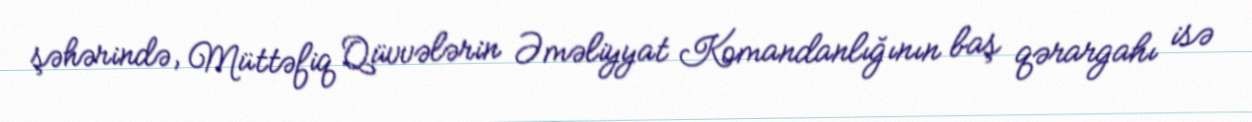
şəhərində, Müttəfiq Qüvvələrin Əməliyyat Komandanlığının baş qərargahı isə